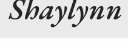
Shaylynn